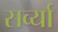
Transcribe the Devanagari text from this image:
सर्व्या